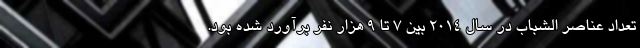
تعداد عناصر الشباب در سال ۲۰۱۴ بین ۷ تا ۹ هزار نفر برآورد شده‌ بود.